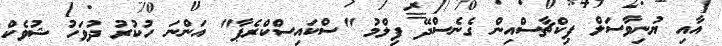
އާއި ޔުނިވާސަލް ޕިކްޗާސްއިން ގެނެސްދޭ ފިލްމު "ސްކައިސްކްރެޕާ" އަންނަ ހުކުރު ދުވަހު ޝުވެކް